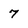
Character: 7